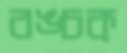
বঙ্চক